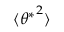
\langle { \theta ^ { * } } ^ { 2 } \rangle